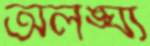
অলঙ্ঘ্য